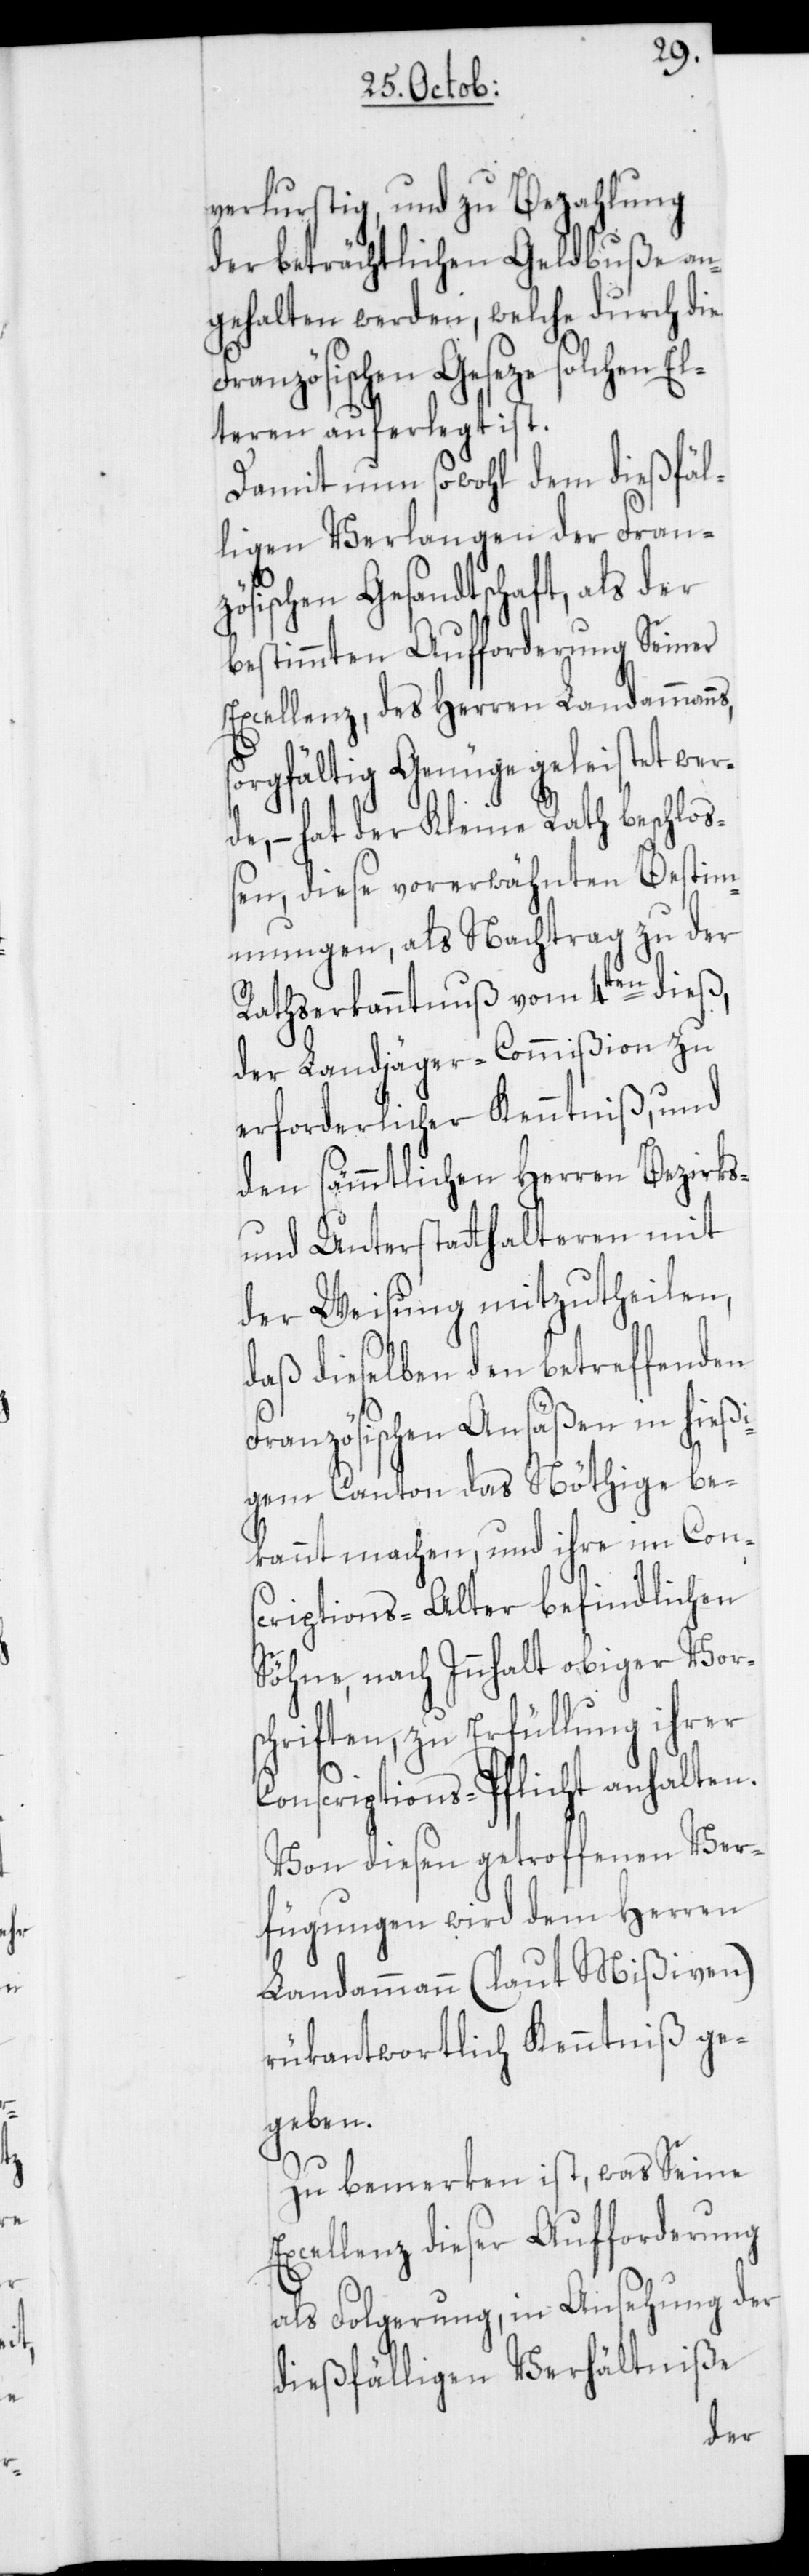
verlurstig, und zu Bezahlung
der beträchtlichen Geldbuße an¬
gehalten werden, welche durch die
Französischen Geseze solchen El¬
teren auferlegt ist.
Damit nun sowohl dem dießfäl¬
ligen Verlangen der Fran¬
zösischen Gesandtschaft als der
bestimmten Aufforderung Seiner
Excellenz, des Herren Landammanns,
sorgfältig Genüge geleistet wer¬
de, – hat der Kleine Rath beschloß¬
en, diese vorerwähnten Bestim¬
mungen, als Nachtrag zu der
Rathserkanntnuß vom 4ten dieß,
der Landjäger-Commißion zu
erforderlicher Kenntniß, und
den sämmtlichen Herren Bezirks-
und Unterstatthalteren mit
der Weisung mitzutheilen,
daß dieselben den betreffenden
Französischen Ansäßen in hießi¬
gem Canton das Nöthige be¬
kannt machen, und ihre im Con¬
scriptions-Alter befindlichen
Söhne, nach Innhalt obiger Vor¬
schriften, zu Erfüllung ihrer
Conscriptions-Pflicht anhalten.
Von diesen getroffenen Ver¬
fügungen wird dem Herren
Landammann (laut Mißiven)
rükantwortlich Kenntniß ge¬
geben.
Zu bemerken ist, was Seine
Excellenz dieser Aufforderung
als Folgerung, in Ansehung der
dießfälligen Verhältniße